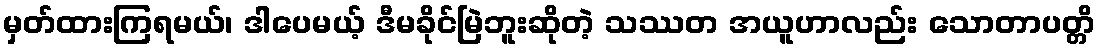
မှတ်ထားကြရမယ်၊ ဒါပေမယ့် ဒီမခိုင်မြဲဘူးဆိုတဲ့ သဿတ အယူဟာလည်း သောတာပတ္တိ